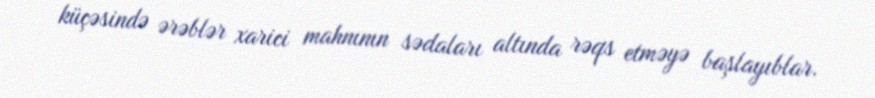
küçəsində ərəblər xarici mahnının sədaları altında rəqs etməyə başlayıblar.